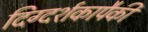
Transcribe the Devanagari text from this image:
दिग्दर्शकापैकी